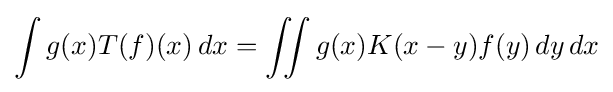
\int g(x)T(f)(x)\,dx=\iint g(x)K(x-y)f(y)\,dy\,dx